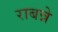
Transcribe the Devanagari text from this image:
राबन्ने